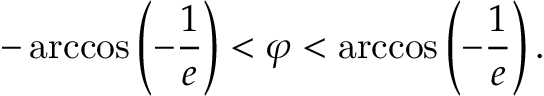
- \operatorname { a r c c o s } \left( - { \frac { 1 } { e } } \right) < \varphi < \operatorname { a r c c o s } \left( - { \frac { 1 } { e } } \right) .